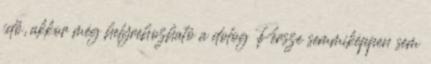
idő, akkor még helyrehozható a dolog Persze semmiképpen sem